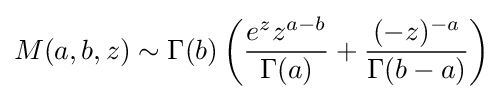
M(a,b,z)\sim \Gamma (b)\left({\frac {e^{z}z^{a-b}}{\Gamma (a)}}+{\frac {(-z)^{-a}}{\Gamma (b-a)}}\right)